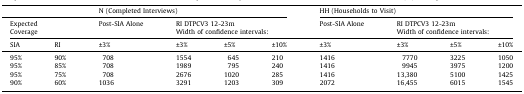
<table><thead><tr><td>[EMPTY_CELL]</td><td>[EMPTY_CELL]</td><td colspan="4"><b>N (Completed Interviews)</b></td><td colspan="4"><b>HH (Households to Visit)</b></td></tr><tr><td colspan="2"><b>Expected Coverage</b></td><td><b>Post-SIA Alone</b></td><td colspan="3"><b>RI DTPCV3 12-23mWidth of confidence intervals:</b></td><td><b>Post-SIA Alone</b></td><td colspan="3"><b>RI DTPCV3 12-23mWidth of confidence intervals:</b></td></tr><tr><td><b>SIA</b></td><td><b>RI</b></td><td><b>±3%</b></td><td><b>±3%</b></td><td><b>±5%</b></td><td><b>±10%</b></td><td><b>±3%</b></td><td><b>±3%</b></td><td><b>±5%</b></td><td><b>±10%</b></td></tr></thead><tbody><tr><td>95%</td><td>90%</td><td>708</td><td>1554</td><td>645</td><td>210</td><td>1416</td><td>7770</td><td>3225</td><td>1050</td></tr><tr><td>95%</td><td>85%</td><td>708</td><td>1989</td><td>795</td><td>240</td><td>1416</td><td>9945</td><td>3975</td><td>1200</td></tr><tr><td>95%</td><td>75%</td><td>708</td><td>2676</td><td>1020</td><td>285</td><td>1416</td><td>13,380</td><td>5100</td><td>1425</td></tr><tr><td>90%</td><td>60%</td><td>1036</td><td>3291</td><td>1203</td><td>309</td><td>2072</td><td>16,455</td><td>6015</td><td>1545</td></tr></tbody></table>